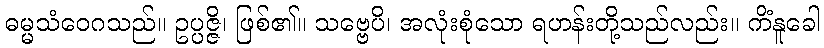
ဓမ္မသံဝေဂသည်။ ဥပ္ပဇ္ဇိ၊ ဖြစ်၏။ သဗ္ဗေပိ၊ အလုံးစုံသော ရဟန်းတို့သည်လည်း။ ကိံနူခေါ